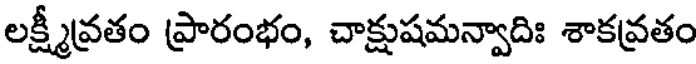
లక్ష్మీవ్రతం ప్రారంభం, చాక్షుషమన్వాదిః శాకవ్రతం